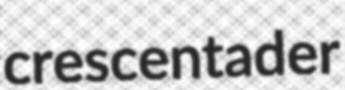
crescentader